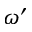
\omega ^ { \prime }